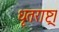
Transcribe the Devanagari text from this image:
धृतराष्ट्र।